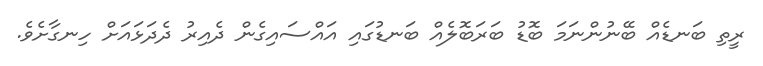
ރީތި ބަނޑެއް ބޭނުންނަމަ ބޮޑު ބަރަބޮލެއް ބަނޑުގައި އައްސައިގެން ދެއިރު ދެދަޅައަށް ހިނގާށެވެ.